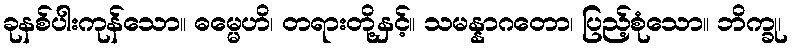
ခုနစ်ပါးကုန်သော။ ဓမ္မေဟိ၊ တရားတို့နှင့်။ သမန္နာဂတော၊ ပြည့်စုံသော။ ဘိက္ခု၊